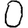
Digit: 0